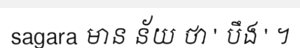
sagara មាន ន័យ ថា ' បឹង ' ។